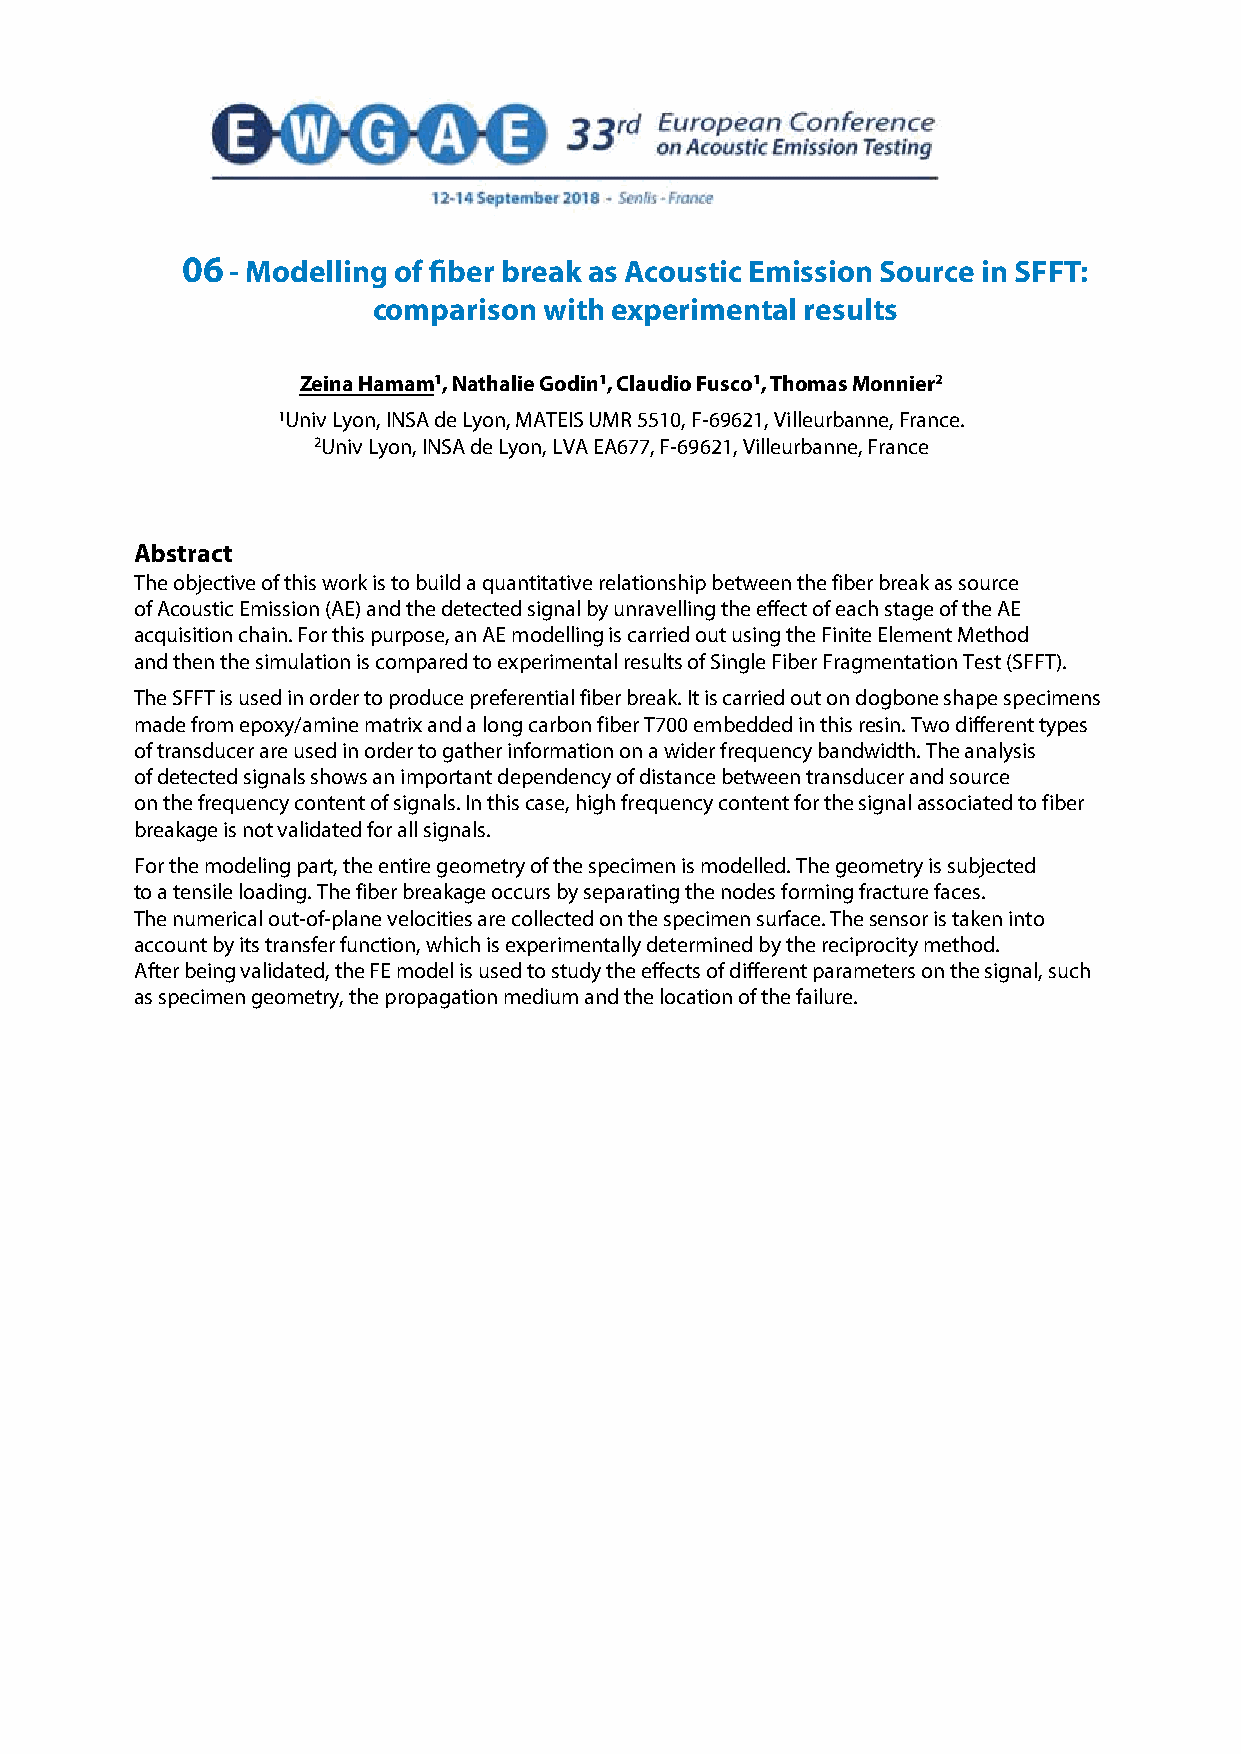
06 - Modelling of fiber break as Acoustic Emission Source in SFFT:
 comparison with experimental results
 Zeina Hamam1, Nathalie Godin1, Claudio Fusco1, Thomas Monnier2
 1Univ Lyon, INSA de Lyon, MATEIS UMR 5510, F-69621, Villeurbanne, France.
 2Univ Lyon, INSA de Lyon, LVA EA677, F-69621, Villeurbanne, France
 Abstract
 The objective of this work is to build a quantitative relationship between the fiber break as source
 of Acoustic Emission (AE) and the detected signal by unravelling the effect of each stage of the AE
 acquisition chain. For this purpose, an AE modelling is carried out using the Finite Element Method
 and then the simulation is compared to experimental results of Single Fiber Fragmentation Test (SFFT).
 The SFFT is used in order to produce preferential fiber break. It is carried out on dogbone shape specimens
 made from epoxy/amine matrix and a long carbon fiber T700 embedded in this resin. Two different types
 of transducer are used in order to gather information on a wider frequency bandwidth. The analysis
 of detected signals shows an important dependency of distance between transducer and source
 on the frequency content of signals. In this case, high frequency content for the signal associated to fiber
 breakage is not validated for all signals.
 For the modeling part, the entire geometry of the specimen is modelled. The geometry is subjected
 to a tensile loading. The fiber breakage occurs by separating the nodes forming fracture faces.
 The numerical out-of-plane velocities are collected on the specimen surface. The sensor is taken into
 account by its transfer function, which is experimentally determined by the reciprocity method.
 After being validated, the FE model is used to study the effects of different parameters on the signal, such
 as specimen geometry, the propagation medium and the location of the failure.